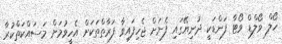
ހޯލް ވޯލްޑް ވޯޓާ ފަންޑަކީ ދުނިޔޭގައި ފެނަށް ޖެހިފައިވާ ފަރާތްތަކަށް އެހީވުމަށް މަސައްކަތްކުރާ